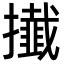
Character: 㩥